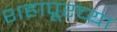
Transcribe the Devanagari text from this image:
शहापूरच्या